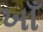
ખાઁ